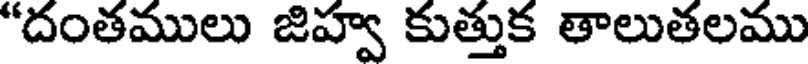
"దంతములు జిహ్వ కుత్తుక తాలుతలము